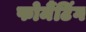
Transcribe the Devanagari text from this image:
फोर्मैटिंग